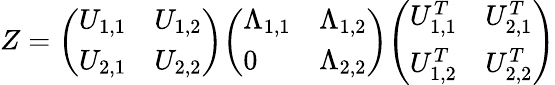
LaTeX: Z={\left(\begin{array}{ll}{U_{1,1}}&{U_{1,2}}\\ {U_{2,1}}&{U_{2,2}}\end{array}\right)}{\left(\begin{array}{ll}{\Lambda_{1,1}}&{\Lambda_{1,2}}\\ {0}&{\Lambda_{2,2}}\end{array}\right)}{\left(\begin{array}{ll}{U_{1,1}^{T}}&{U_{2,1}^{T}}\\ {U_{1,2}^{T}}&{U_{2,2}^{T}}\end{array}\right)}